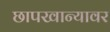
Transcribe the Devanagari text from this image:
छापखान्यावर